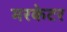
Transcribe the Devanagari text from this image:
मरकेटर